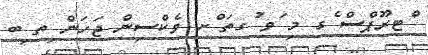
ްޓރޫޕްސް ެގ މި ަވ ުގތަ ްށ ވެކްސިން ޖަހަން ިތ ިބ